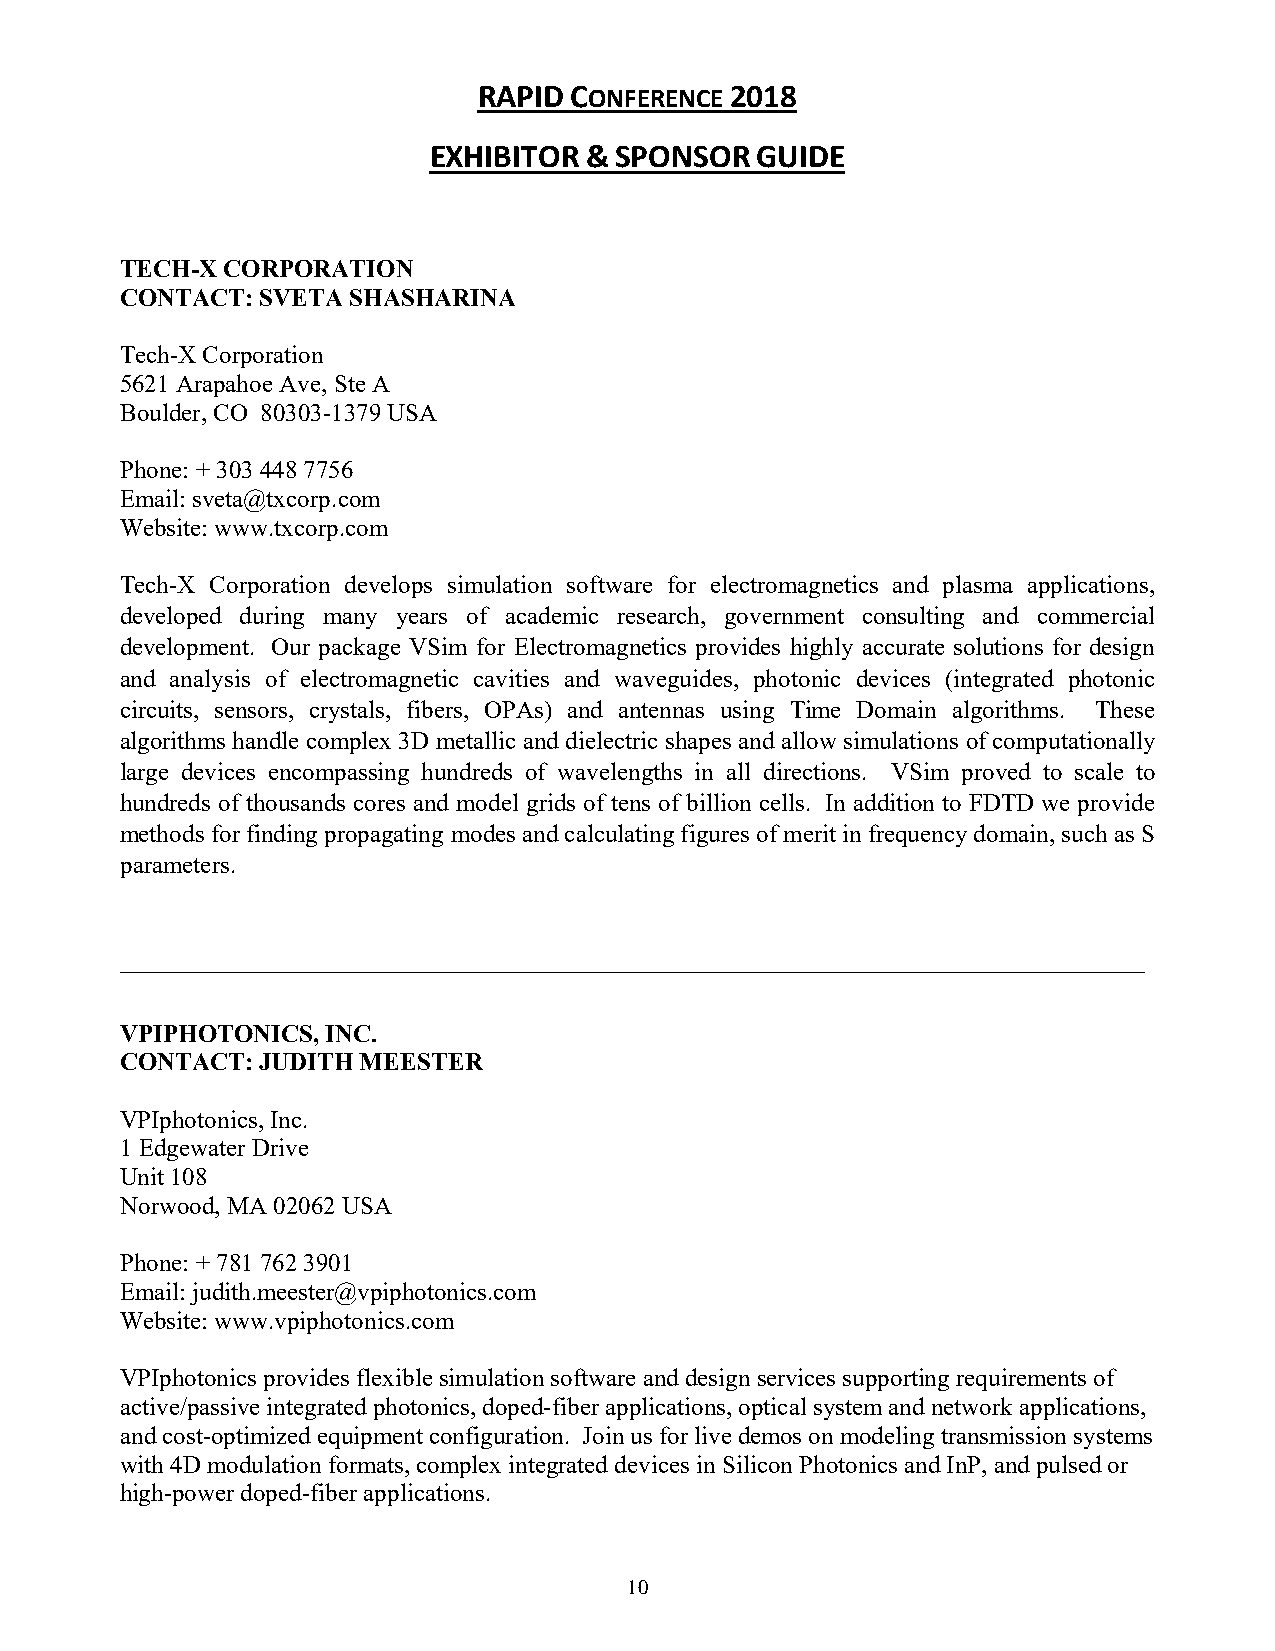
RAPID CONFERENCE 2018
 EXHIBITOR  & SPONSOR  GUIDE
 TECH-X CORPORATION
 CONTACT: SVETA SHASHARINA
 Tech-X Corporation
 5621 Arapahoe Ave, Ste A
 Boulder, CO 80303-1379 USA
 Phone: + 303 448 7756
 Email: sveta@txcorp.com
 Website: www.txcorp.com
 Tech-X Corporation develops simulation software for electromagnetics and plasma applications,
 developed during many years of academic research, government consulting and commercial
 development. Our package VSim for Electromagnetics provides highly accurate solutions for design
 and analysis of electromagnetic cavities and waveguides, photonic devices (integrated photonic
 circuits, sensors, crystals, fibers, OPAs) and antennas using Time Domain algorithms. These
 algorithms handle complex 3D metallic and dielectric shapes and allow simulations of computationally
 large devices encompassing hundreds of wavelengths in all directions. VSim proved to scale to
 hundreds of thousands cores and model grids of tens of billion cells. In addition to FDTD we provide
 methods for finding propagating modes and calculating figures of merit in frequency domain, such as S
 parameters.
 __________________________________________________________________________________
 VPIPHOTONICS, INC.
 CONTACT: JUDITH MEESTER
 VPIphotonics, Inc.
 1 Edgewater Drive
 Unit 108
 Norwood, MA 02062 USA
 Phone: + 781 762 3901
 Email: judith.meester@vpiphotonics.com
 Website: www.vpiphotonics.com
 VPIphotonics provides flexible simulation software and design services supporting requirements of
 active/passive integrated photonics, doped-fiber applications, optical system and network applications,
 and cost-optimized equipment configuration. Join us for live demos on modeling transmission systems
 with 4D modulation formats, complex integrated devices in Silicon Photonics and InP, and pulsed or
 high-power doped-fiber applications.
 10